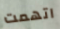
اتهمت